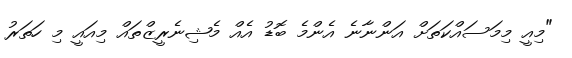
"މިއީ މިމަސައްކަތަށް އަންނާނެ އެންމެ ބޮޑު އެއް މެޝިނެރީޒްތައް މިއައީ މި ހަތަރު